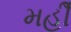
મહીઁ